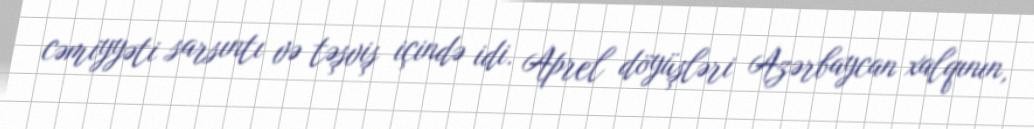
cəmiyyəti sarsıntı və təşviş içində idi. Aprel döyüşləri Azərbaycan xalqının,